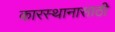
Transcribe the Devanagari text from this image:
कारस्थानासाठी